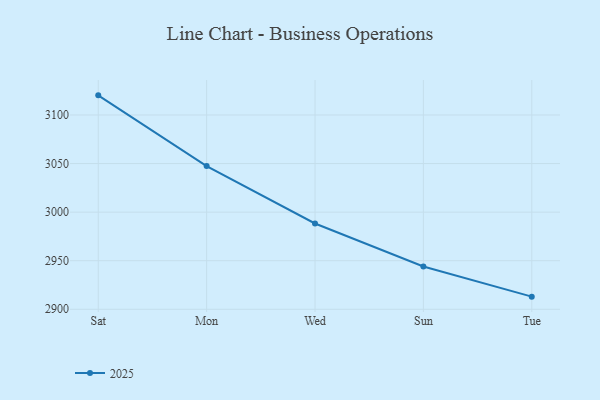
{"axis": {"x": "Day", "y": "Bounce Rate (%)"}, "legend": ["2025"], "data": [{"x": "Sat", "y": 3120.2, "type": "2025"}, {"x": "Mon", "y": 3047.4, "type": "2025"}, {"x": "Wed", "y": 2988.3, "type": "2025"}, {"x": "Sun", "y": 2944.0, "type": "2025"}, {"x": "Tue", "y": 2913.0, "type": "2025"}]}